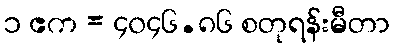
၁ ဧက = ၄၀၄၆.၈၆ စတုရန်းမီတာ